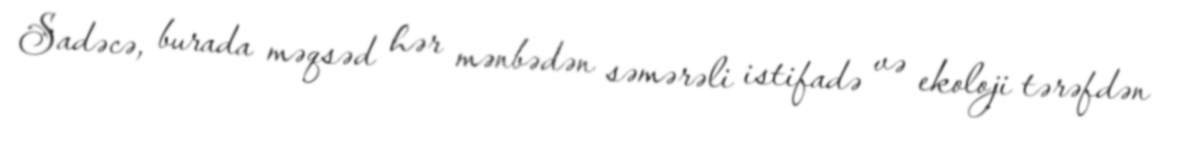
Sadəcə, burada məqsəd hər mənbədən səmərəli istifadə və ekoloji tərəfdən